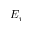
E _ { r }